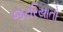
જરરિયાતો